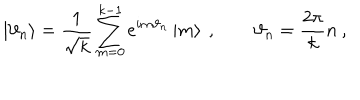
\left| \vartheta _ { n } \right\rangle = \frac { 1 } { \sqrt { k } } \sum _ { m = 0 } ^ { k - 1 } e ^ { i m \vartheta _ { n } } \left| m \right\rangle \: , \qquad \vartheta _ { n } = \frac { 2 \pi } { k } n \: ,